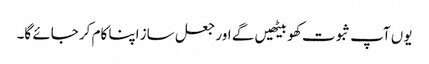
یوں آپ ثبوت کھو بیٹھیں گے اور جعل ساز اپنا کام کر جائے گا۔